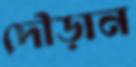
দৌড়ান